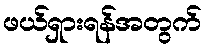
ဖယ်ရှားရန်အတွက်